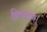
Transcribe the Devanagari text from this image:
क्रियमाण।